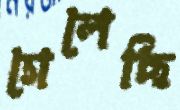
গেলেছি